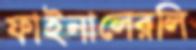
ফাইনালেরলি